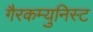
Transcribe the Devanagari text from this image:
गैरकम्युनिस्ट